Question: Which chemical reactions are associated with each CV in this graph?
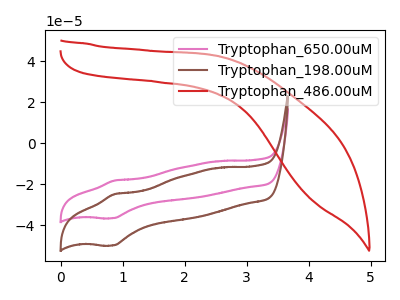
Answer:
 <answer>The pink curve is labeled "Tryptophan_650.00uM". The brown curve is labeled "Tryptophan_198.00uM". The red curve is labeled "Tryptophan_486.00uM".</answer>
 <eval></eval>